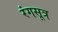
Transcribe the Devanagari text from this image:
रंगसूत्र